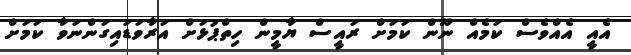
އެއީ އެއްވެސް ކަމެއް ނޫން ކަމަށް ރައީސް ޔާމީން ހިތްޕުޅަށް އަރާވަޑައިގަންނަވާ ކަމަށް